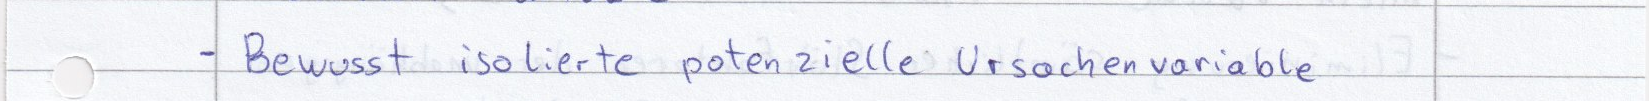
- Bewusst isolierte potenzielle Ursachenvariable